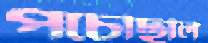
পচেছিলি